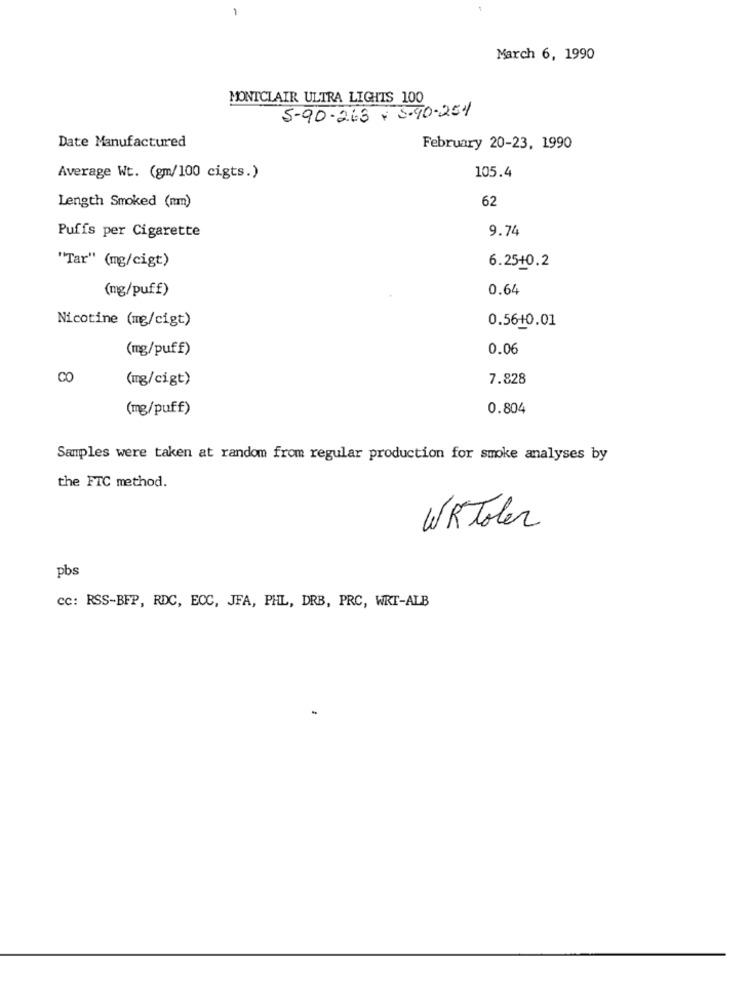
March 6, 1990
MONTCLAIR ULTRA LIGHTS 100
5-90-263- 3-90-254
Date Manufactured
February 20-23, 1990
105.4
Average Wt. (gm/100 cigts.)
62
Length Smoked (nm)
9.74
Puffs per Cigarette
6.25+0.2
"Tar" (mg/cigt)
(mg/puff)
0.64
Nicotine (mg/cigt)
0.56+0.01
(mg/puff)
0.06
(mg/cigt)
7.828
(mg/puff)
0.804
Samples were taken at random from regular production for smoke analyses by
the FTC method.
WRToler
pbs
cc: RSS-BFP, RDC, ECC, JFA, PHL, DRB, PRC, WRT-ALB